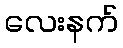
လေးနက်